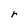
Character: r